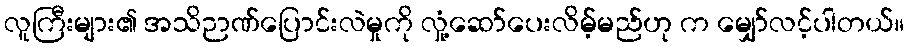
လူကြီးများ၏ အသိဉာဏ်ပြောင်းလဲမှုကို လှုံ့ဆော်ပေးလိမ့်မည်ဟု က မျှော်လင့်ပါတယ်။